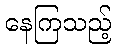
နေကြသည့်